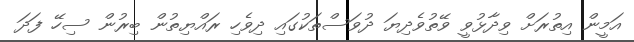
އަމީން އިތުރަށް ވިދާޅުވީ ވޭތުވެދިޔަ ދުވަސްތަކުގައި ދިވެހި ރައްޔިތުން ބިރުން ސިހޭ ފަދަ